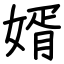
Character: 婿